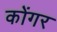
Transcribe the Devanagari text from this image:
कोंगर